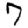
Digit: 7